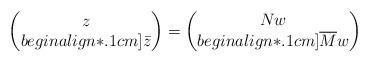
LaTeX: \begin{align*}\begin{pmatrix}z \\begin{align*}.1cm]\bar{z}\end{pmatrix}=\begin{pmatrix} Nw \\begin{align*}.1cm]\overline{M}w\end{pmatrix}\end{align*}